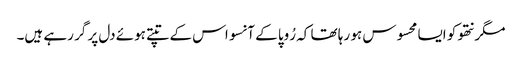
مگر نتھو کو ایسا محسوس ہو رہا تھا کہ رُوپا کے آنسو اس کے تپتے ہوئے دل پر گر رہے ہیں۔